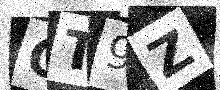
Text: OT9Z